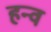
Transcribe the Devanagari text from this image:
हन्व